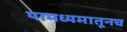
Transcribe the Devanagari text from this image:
यामध्यमातूनच